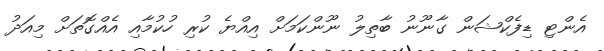
އެންޓި ޑިފެކްޝަން ގާނޫނު ބާތިލު ނޫންކަމަށް އިއްޔެ ކުރި ހުކުމާއި އެއްގޮތަށް މިއަދު